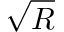
\sqrt { R }